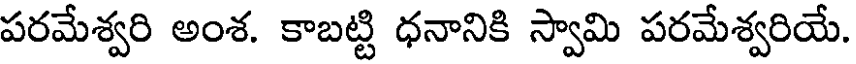
పరమేశ్వరి అంశ. కాబట్టి ధనానికి స్వామి పరమేశ్వరియే.